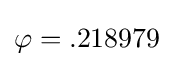
\varphi =.218979